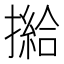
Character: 𢵰